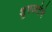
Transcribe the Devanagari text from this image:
शुषकतेचे